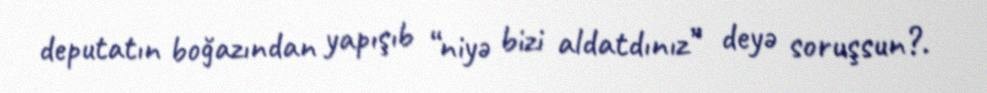
deputatın boğazından yapışıb “niyə bizi aldatdınız” deyə soruşsun?.